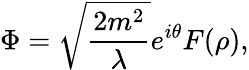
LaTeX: \Phi=\sqrt{\frac{2m^{2}}{\lambda}}e^{i\theta}F(\rho),